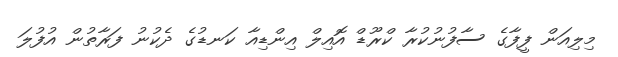
މިލިއަން ފީފާގެ ސާފުނުކުރާ ކްރޫޑް އޮއިލް އިންޑިއާ ކަނޑުގެ ދެކުނު ފަރާތުން އުފުލަ